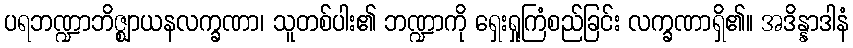
ပရဘဏ္ဍာဘိဇ္ဈာယနလက္ခဏာ၊ သူတစ်ပါး၏ ဘဏ္ဍာကို ရှေးရှုကြံစည်ခြင်း လက္ခဏာရှိ၏။ အဒိန္နာဒါနံ